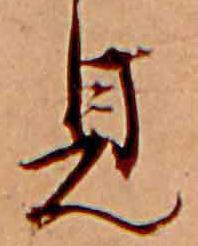
見